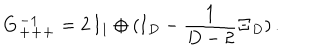
LaTeX: { \bf G _ { + + + } ^ { - 1 } } = 2 \, { \bf I } _ { 1 } \oplus ( { \bf I } _ { D } - \frac { 1 } { D - 2 } { \bf \Xi } _ { D } ) \, .